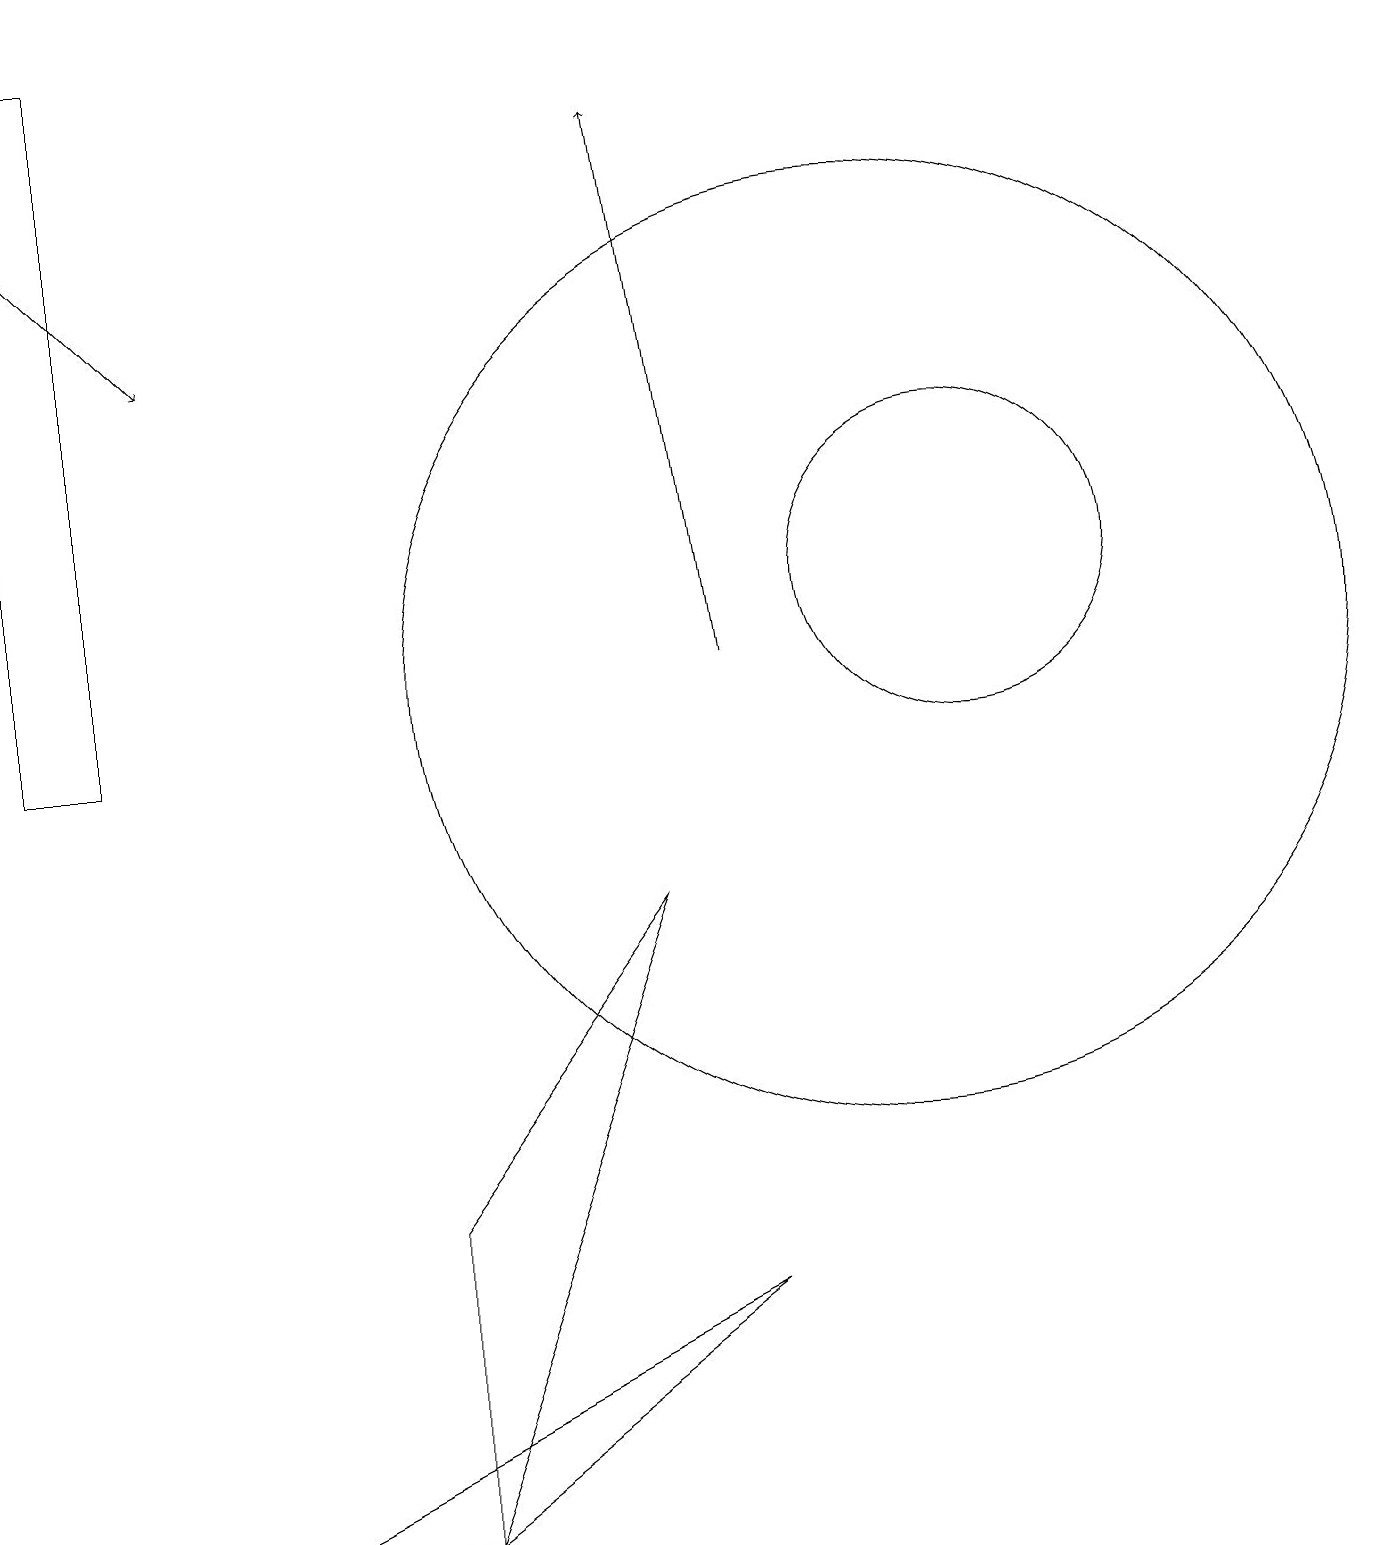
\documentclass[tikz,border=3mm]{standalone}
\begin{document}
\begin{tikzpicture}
\draw (1,10) rectangle (0,19);
\draw (12,12) circle (2);
\draw (5,0) -- (5,4) -- (8,8) -- cycle;
\draw[->] (0,17) -- (2,15);
\draw (11,11) circle (6);
\draw (0,19) rectangle (0,17);
\draw (9,3) -- (5,0) -- (3,0) -- cycle;
\draw[->] (9,11) -- (8,18);
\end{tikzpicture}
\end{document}